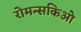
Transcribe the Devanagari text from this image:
रोमन्सकिओ